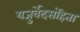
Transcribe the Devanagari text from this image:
यजुर्वेदसंहिता